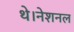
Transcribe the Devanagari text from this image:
थे।नेशनल